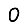
Digit: 0